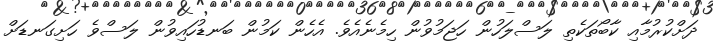
ދަށްކުރުމާއި ކާބޯތަކެތި ލަސްލަހުން ހަޖަމުވުން ހިމެނެއެވެ. އެހެން ކަމުން ބަނޑުހައިވުން ލަސްވެ ހަށިގަނޑަށް